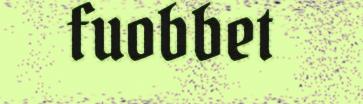
fuobbet